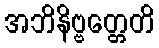
အဘိနိဗ္ဗတ္တေတိ